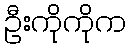
ဦးကိုကိုက